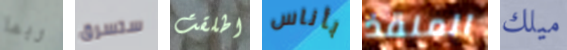
ربما ستسرق اطلقت بأناس المنقذ ميلك